Medical and sanitary report of the native army of Bengal for the year
Year: 1877
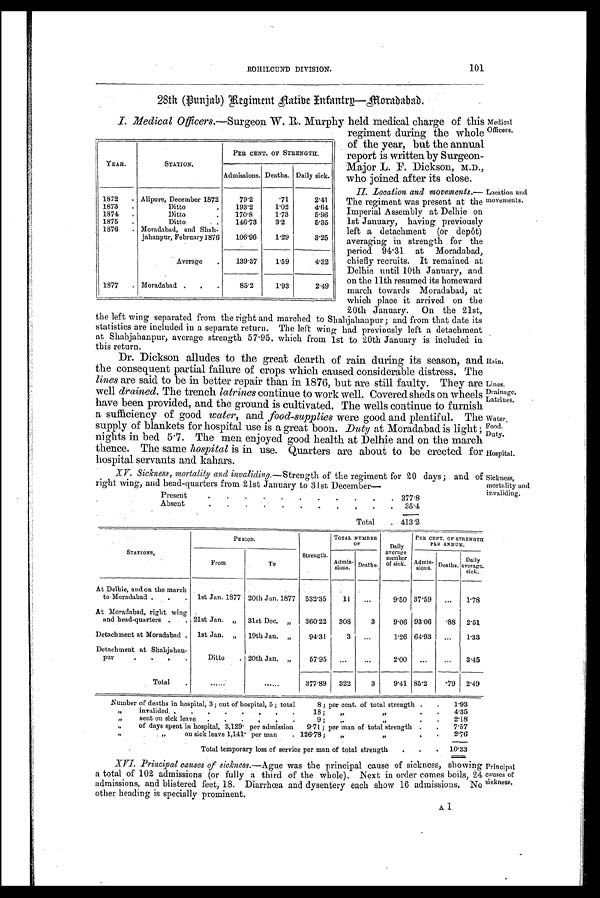
101
ROHILCUND DIVISION.
28th (Punjab) Regiment Aa tibe Infantry—Moradabad .
I. Medical Officers. —Surgeon W. R. Murphy held medical charge of this
regiment during the whole
of the year, but the annual
report is written by Surgeon-
Major L. F. Dickson, M.D.,
who joined after its close.
II. Location and movements.—
The regiment was present at the
Imperial Assembly at Delhie on
1st January, having previously
left a detachment (or depôt)
averaging in strength for the
period 94.31 at Moradabad,
chiefly recruits. It remained at
Delhie until 10th January, and
on the 11th resumed its homeward
march towards Moradabad, at
which place it arrived on the
20th January. On the 21st,
the left wing separated from the right and marched to Shahjahanpur ; and from that date its
statistics are included in a separate return. The left wing had previously left a detachment
at Shahjahanpur, average strength 57.95. which from 1st to 20th January is included in
this return.
YEAR.
STATION.
PER CENT. OF STRENGTH.
Admissions. Deaths. Daily sick.
1872
Alipore, December 1872
79.2
.71
2.41
1873
.
Ditto
.
193.2
1.02
4.64
1874
.
Ditto
.
170.8
1.73
5.96
1875
.
Ditto
.
146.73
3.2
5.35
1876
. Moradabad, and Shah.
106.96
1.29
3.25
jahanpur, February 1876
Average
.
139.37
1.59
4.32
1877
. Moradabad .
. .
85.2
1.93
2.49
Medical
Officers.
Location and
movements.
Dr. Dickson alludes to the great dearth of rain during its season, and
the consequent partial failure of crops which caused considerable distress. The
lines are said to be in better repair than in 1876, but are still faulty. They are
well drained. The trench latrines continue to work well. Covered sheds on wheels
have been provided, and the ground is cultivated. The wells continue to furnish
a sufficiency of good water, and food-supplies Were good and plentiful. The
Supply of blankets for hospital use is a great boon. Duty at Moradabad is light ;
nights in bed 5.7. The men enjoyed good health at Delhie and on the march
thence. The same hospital is in use. Quarters are about to be erected for
hospital servants and kahars.
XV. Sickness, mortality and invaliding.—Strength of the regiment for 20 days; and
of right wing, and head-quarters from 21st January to 31st December
Present
.
. .
.
.
.
.
.
.
.
. 377.8
Absen
.
.
.
. .
.
.
.
.
.
.
35.4
Total
. 413.2
Rain.
Lines.
Drainage.
Latrines.
Water,
Food.
Duty.
Hospital.
Sickness,
mortality and
invaliding,
S T A T I O N S .
PERIOD.
Strength.
TOTAL NUMBER
O F
Daily
average
number
of sick.
PER CENT. OF STRENGTH
PAR ANNUM.
From
To
A d m i s -
s i o n s . Deaths.
Admis- sions.
Deaths.
D a i l y a v e r a g e
sick.
At Delhie, and on the march
to Moradabad . .
1st Jan. 1877 20th Jan. 1877 532.35
11
...
9.50 37.59
...
1.78
At Moradabad, right wing
and head-quarters .
. 21st Jan. „
31st Dec.
„
360.22
308
3
9.06 93.06
. 88 2.51
Detachment at Moradabad . 1st Jan. „
19th Jan. „
94.31
3
...
1.26 64.93
...
1.33
Detachment at Shahjahan-
pur
Ditto
. 20th Jan. „
57.95
...
...
2.00
...
...
3.45
Total
.
......
377.89
322
3
9.41 85.2
.79
2.49
Number of deaths in hospital, 3; out of hospital, 5 ; total
8 ; per cent. of total strength .
.
1.93
„
invalided .
.
.
.
.
.
.
.
18 ;
„
„
.
.
4.35
,,
sent on sick leave
.
.
. ,
.
.
9 ;
,.
„
.
.
2.18
„
of days spent in hospital, 3,129. per admission
9.71 ; per man of total strength .
.
7.57
„ „
on sick leave 1,141. per man
. 126.78;
„
„
.
.
2.76
Total temporary loss of service per man of total strength
.
.
.
10.33
XVI. Principal causes of sickness.— Ague was the principal cause of sickness, showing Principal
a total of 102 admissions (or fully a third of the whole). Next in order comes boils,
24 causes of admissions, and blistered feet; 18. Diarrhœa and dysentery each show 16 admissions. No siekness.
other heading is specially prominent.
Al